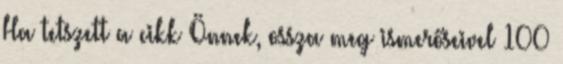
Ha tetszett a cikk Önnek, ossza meg ismerőseivel 100